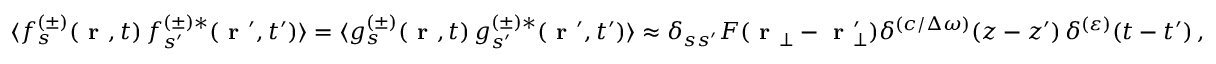
\langle f _ { s } ^ { ( \pm ) } \! \left( \textbf { r } , t \right) f _ { s ^ { \prime } } ^ { ( \pm ) * } \! \left( \textbf { r } ^ { \prime } , t ^ { \prime } \right) \rangle = \langle g _ { s } ^ { ( \pm ) } \! \left( \textbf { r } , t \right) g _ { s ^ { \prime } } ^ { ( \pm ) * } \! \left( \textbf { r } ^ { \prime } , t ^ { \prime } \right) \rangle \approx \delta _ { s s ^ { \prime } } F ( \textbf { r } _ { \bot } - \textbf { r } _ { \bot } ^ { \prime } ) \delta ^ { ( c / \Delta \omega ) } \! \left( z - z ^ { \prime } \right) \delta ^ { ( \varepsilon ) } \! \left( t - t ^ { \prime } \right) ,